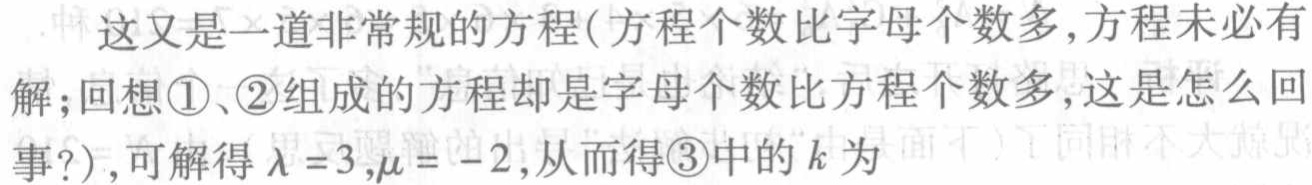
这又是一道非常规的方程(方程个数比字母个数多,方程未必有解;回想\textcircled{1}、\textcircled{2}组成的方程却是字母个数比方程个数多,这是怎么回事?),可解得$\lambda =3,\mu = - 2$,从而得\textcircled{3}中的$k$为